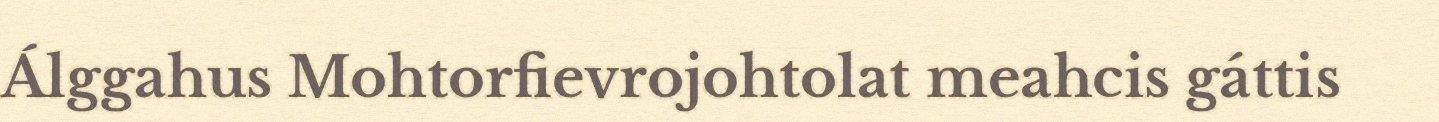
Álggahus Mohtorfievrojohtolat meahcis gáttis